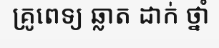
គ្រូពេទ្យ ឆ្លាត ដាក់ ថ្នាំ